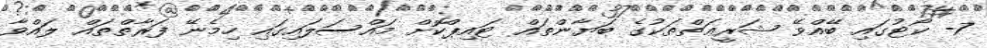
7- ކޯޓުގައި ބޭއްވޭ ޝަރީޢަތްތަކުގެ ބަޔާންތައް ޓައިޕްކޮށް މައްސަލައިގައި ހިމެނޭ ފަރާތްތައް ލައްވާ